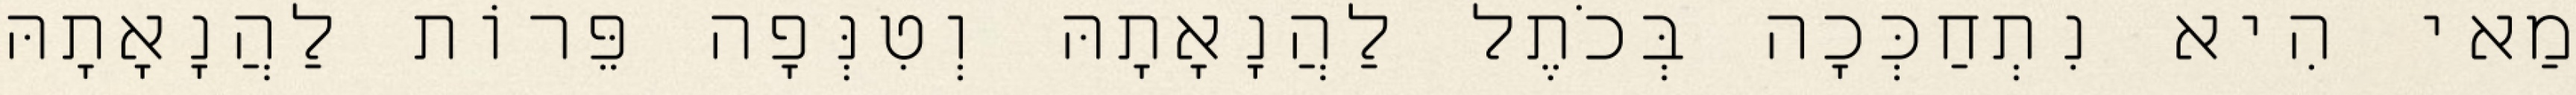
מַאי הִיא נִתְחַכְּכָה בְּכֹתֶל לַהֲנָאָתָהּ וְטִנְּפָה פֵּרוֹת לַהֲנָאָתָהּ